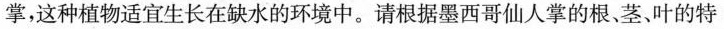
掌，这种植物适宜生长在缺水的环境中。请根据墨西哥仙人掌的根、茎、叶的特